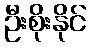
ဦးစိုးနိုင်